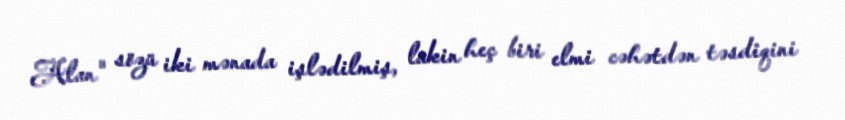
Alan" sözü iki mənada işlədilmiş, lakin heç biri elmi cəhətdən təsdiqini